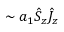
\sim a _ { 1 } \hat { S } _ { z } \hat { J } _ { z }